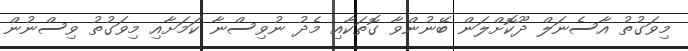
މިވަގުތު އާސެނަލް ދޫކޮށްލަން ބޭނުންވާ ގޮތަކާއި މެދު ނުވިސްނާ ކަމަށާއި މިވަގުތު ވިސްނުން